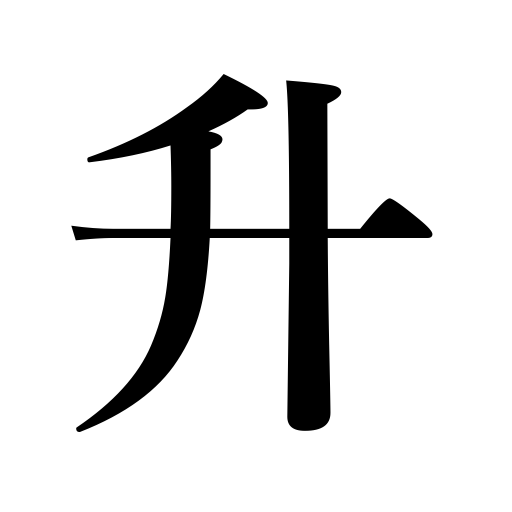
Meanings: 1.8 liter,a measuring box